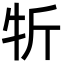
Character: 㸫